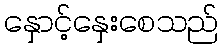
နှောင့်နှေးစေသည်